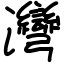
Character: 灣